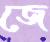
জে